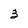
Character: 3